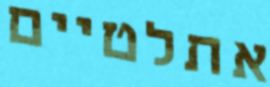
אתלטיים